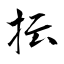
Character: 抎